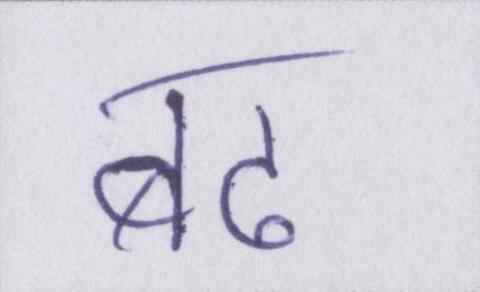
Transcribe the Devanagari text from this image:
बढ